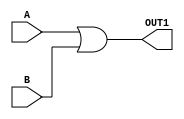
/* 
OR gate which performs "#4 OUT1 = A | B"
*/
module or2_1(
    input A, B,
    output reg OUT1
);

    always @(*) 
        #4 OUT1 = A | B;
endmodule

/* 
OR gate which performs "#4 OUT2 <= A | B"
*/
module or2_2(
    input A, B,
    output reg OUT2
);
    always @(*) 
        #4 OUT2 <= A | B;
endmodule

/* 
OR gate which performs "OUT3 = #4 A | B"
*/
module or2_3(
    input A, B,
    output reg OUT3
);
    always @(*) 
        OUT3 = #4 A | B;
endmodule

/* 
OR gate which performs "OUT4 <= #4 A | B"
*/
module or2_4(
    input A, B,
    output reg OUT4
);
    always @(*) 
        OUT4 <= #4 A | B;
endmodule

/* 
OR gate which performs "assign #4 OUT5 = A | B"
*/
module or2_5(
    input A, B,
    output OUT5
);
    assign #4 OUT5 = A | B;
endmodule